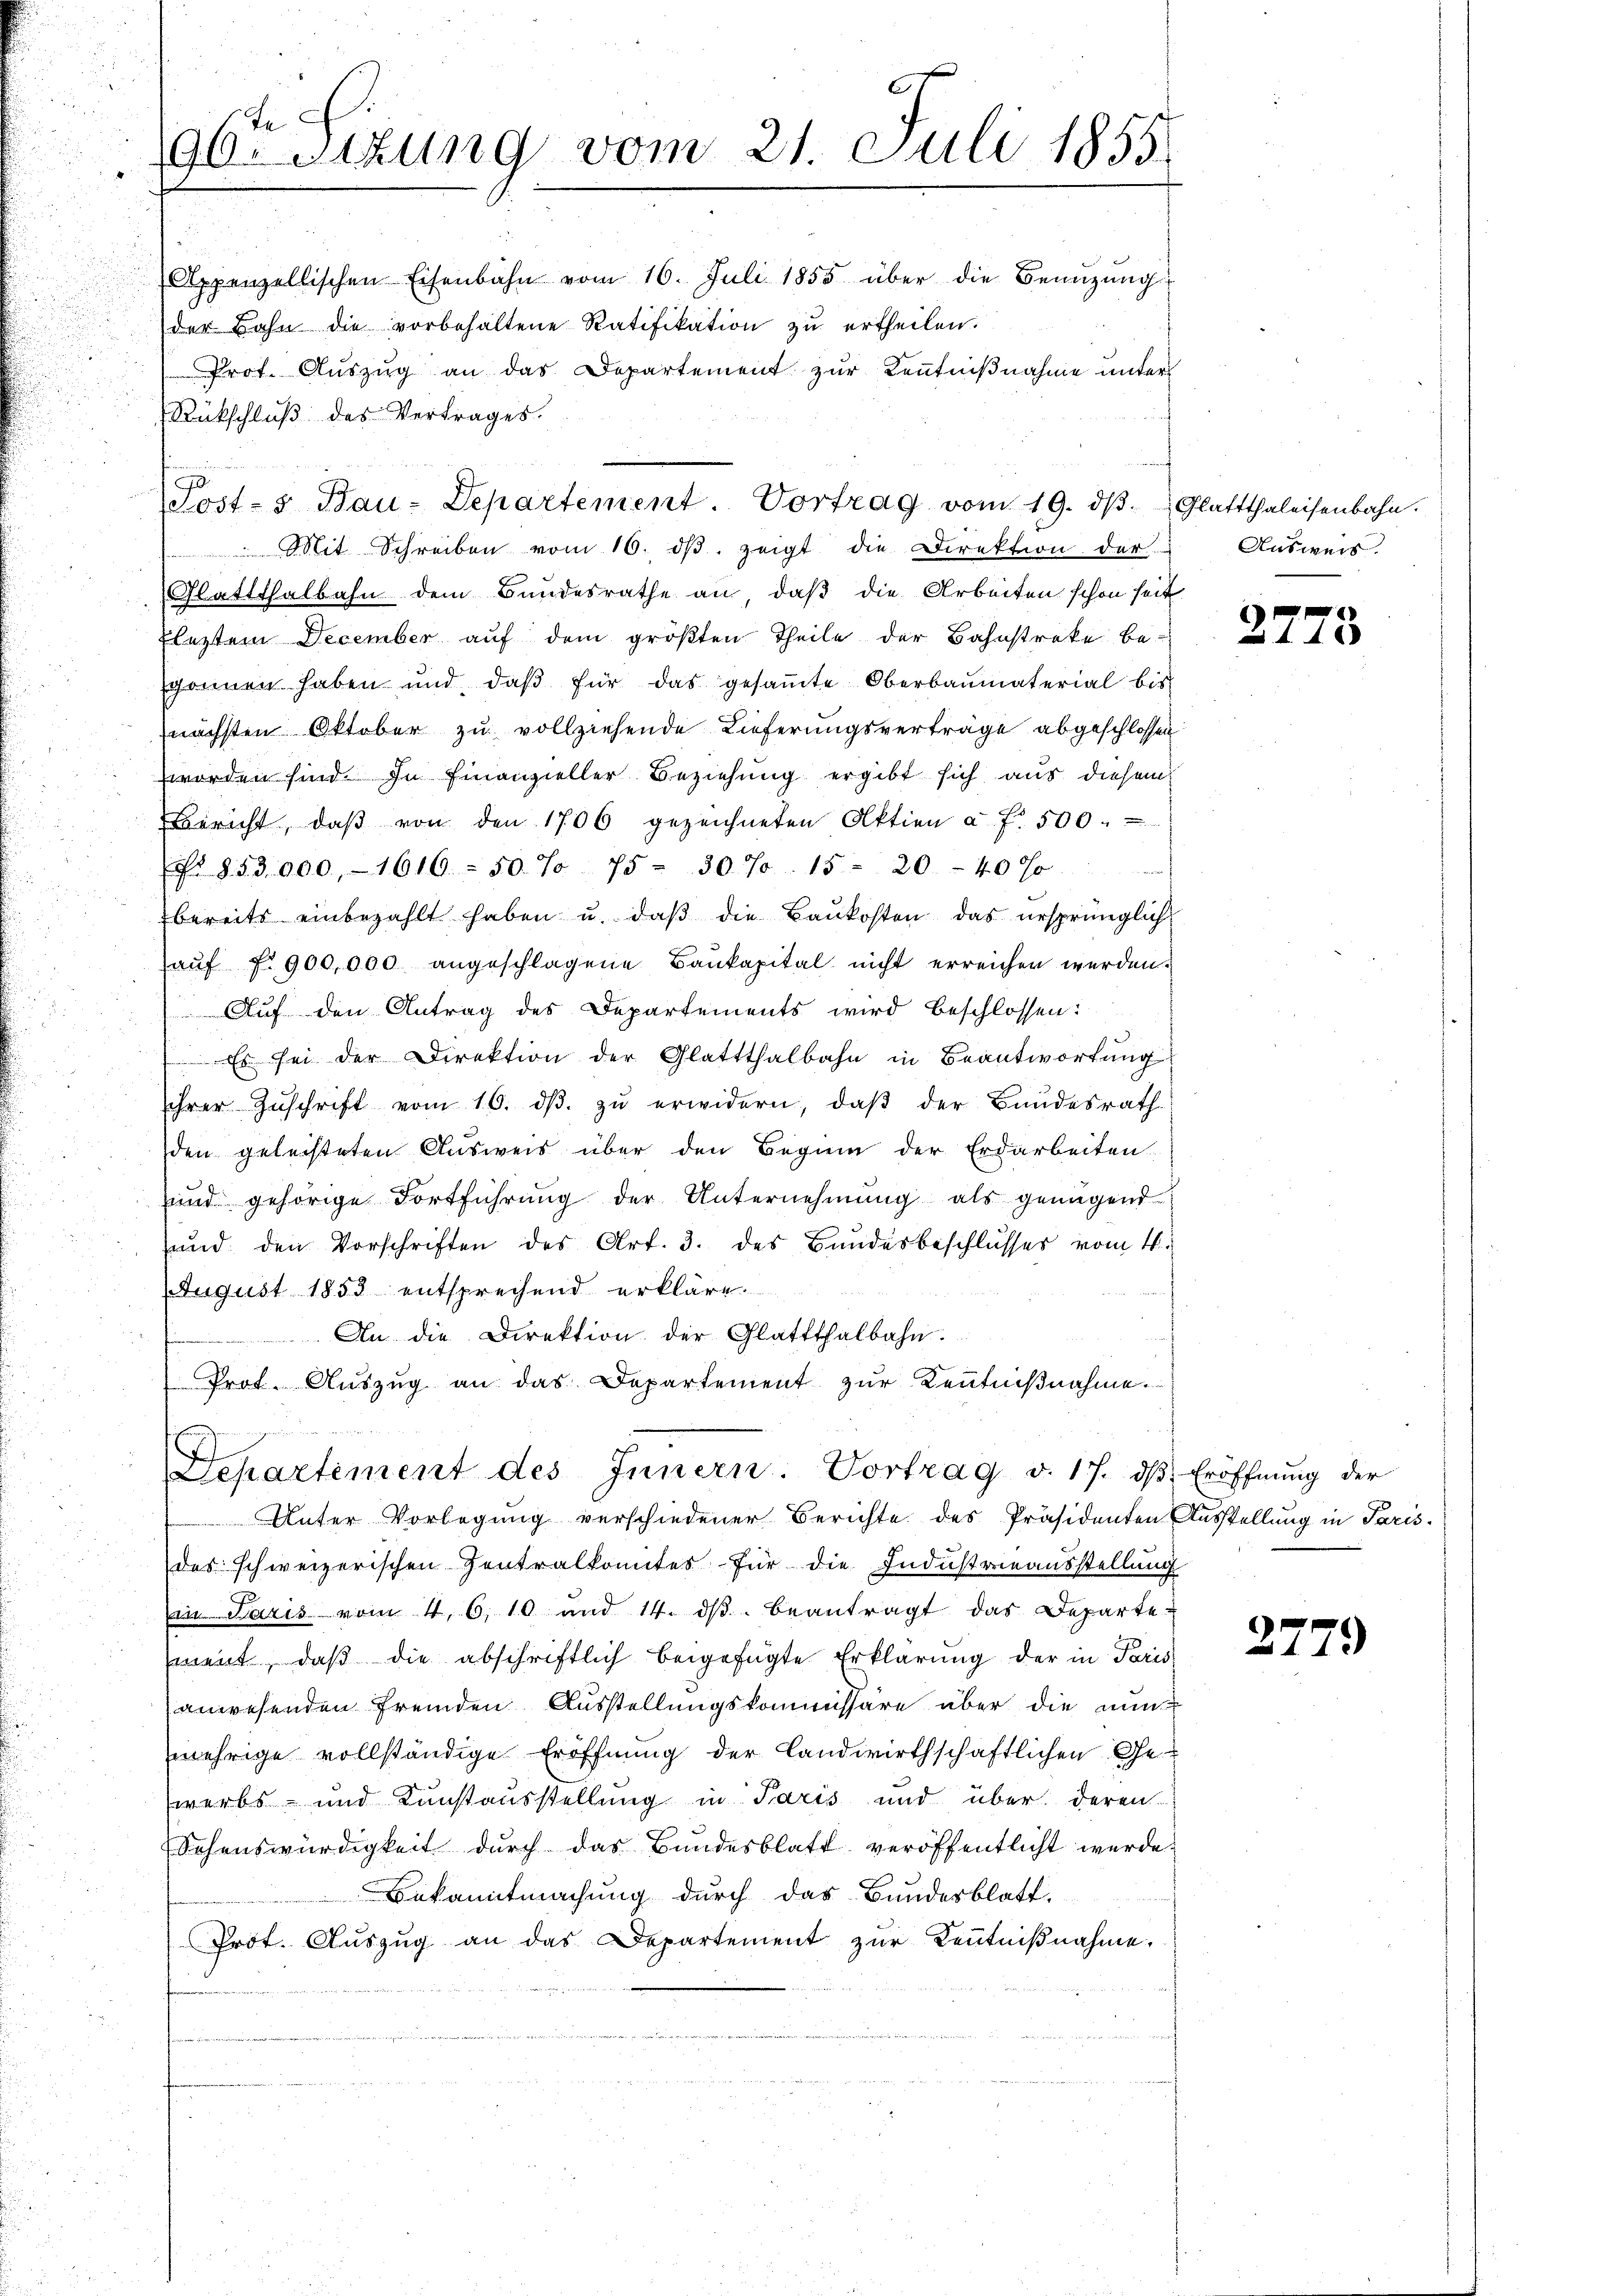
Je
90.Stzung vom 21. Juli 1855.

Appenzellischen Eisenbahn vom 16. Juli 1855 über die Benŭzŭng
der Bahn die vorbehaltene Ratifikation zu ertheilen.
Prot. Auszug an das Departement zur Kenntnißnahme unter
Rückschluß des Vertrages.

Mit. Schreiben vom 16. dβ zeigt die Direktion der Aŭsweis
Glattthalbahn dem Bundesrathe an, daß die Arbeiten schon seit
Eleztem December auf dem größten Theile der Bahnstreke besponnen haben und daβ für das gesaṁte Oberbaumaterial bis
nächsten Oktober zu vollziehende Lieferungsverträge abgeschlossen
worden sind. In Finanzieller Beziehung ergibt sich aus diesem
Bericht, daβ von den 1706 gezeichneten Aktien a. f. 500.
t
No 853. 900, 1616 - 50% 75 - 30. Ja. 15 - 20 - 40 J
bereits einbezahlt haben u. daβ die Baŭkosten das ursprünglich
aŭf No 900,000 angeschlagene Baukapital nicht erreichen werden.
Auf den Antrag des Departements wird beschlossen:
i
Es sei der Direktion der Glattthalbahn in Beantwortung
ihrer Zŭschrift vom 16. dβ zŭ erwidern, daβ der Bundesrath
den geleisteten Ausweis über den Beginn der Erdarbeiten.
und gehörige Fortführung der Unternehmung als genügend
und den Vorschriften des Art. 3. des Bundesbeschlusses vom 4.
August 1853 entsprechend erkläre.
An die Direktion der Glattthalbahn.
Prot. Aŭszŭg an das Departement zŭr Kenntniβnahme.

Post-s Bau-Departement Vortrag vom 19. dβ. Glattthaleisenbahn.

Separtement des Innern. Vortrag v. 17. dβ Eröffnŭng der

Unter Vorlegung verschiedener Berichte des Präsidenten Ausstellung in Paris.
des schweizerischen Zentralkontes für die Industrieausstellung
in Paris vom 4. 6, 10 und 14. dβ beantragt das Departe-
ment, daβ die abschriftlich beigefügte Erklärung der in Paris
anwesenden fremden Ausstellungskommissäre über die nun
mehrige vollständige Eröffnung der landwirthschaftlichen Ge-
werbs- und Kunstausstellung in Paris und über deren
Schenswürdigkeit durch das Bundesblatt veröffentlicht werde.
Bekanntmachung durch das Bundesblatt.
Prot. Auszug an das Departement zur Kenntnißnahme.

2775

2779